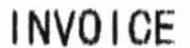
INVOICE